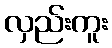
လှည်းကူး